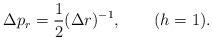
LaTeX: \begin{align*}\Delta p_{r} = \frac{1}{2} (\Delta r)^{-1}, ~~~~~~(h = 1).\end{align*}